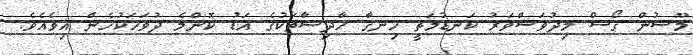
މޫސުން ގޯސް މިދުވަސްވަރު ކަނޑުމަތީ ހިނގާ ހާދިސާތަކުގެ އަޑު ކޮންމެ ދުވަހަކުހެން އިވެއެވެ.